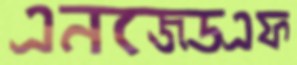
এনজেডএফ